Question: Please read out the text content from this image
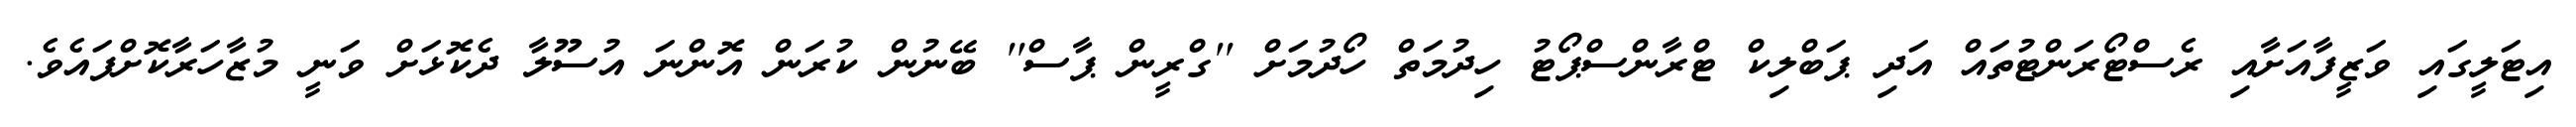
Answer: އިޓަލީގައި ވަޒީފާއަށާއި ރެސްޓޯރަންޓުތައް އަދި ޕަބްލިކް ޓްރާންސްޕޯޓު ހިދުމަތް ހޯދުމަށް ''ގްރީން ޕާސް'' ބޭނުން ކުރަން އޮންނަ އުސޫލާ ދެކޮޅަށް ވަނީ މުޒާހަރާކޮށްފައެވެ.